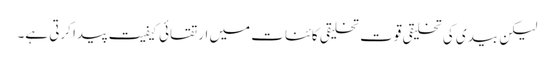
لیکن بیدی کی تخلیقی قوت تخلیقی کائنات میں ارتقائی کیفیت پیدا کرتی ہے۔